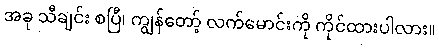
အခု သီချင်း စပြီ၊ ကျွန်တော့် လက်မောင်းကို ကိုင်ထားပါလား။